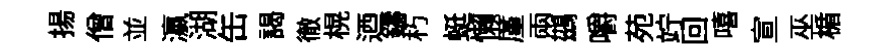
揚僧並瀛湖缶謁徹榥迺鑄朽蜓懒厪兩鷀嚼苑竚回嘻宣巫楯